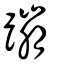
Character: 蹦